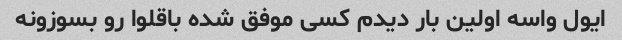
ایول واسه اولین بار دیدم کسی موفق شده باقلوا رو بسوزونه